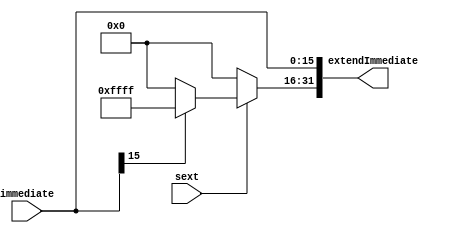
`timescale 1ns / 1ps
//////////////////////////////////////////////////////////////////////////////////
// Company: 
// Engineer: 
// 
// Design Name: 
// Module Name: S_Z_Extend
// Project Name: 
// Target Devices: 
// Tool Versions: 
// Description: 
// 
// Dependencies: 
// 
// Revision:
// Revision 0.01 - File Created
// Additional Comments:
// 
//////////////////////////////////////////////////////////////////////////////////


module S_Z_Extend(
input sext,
input [15:0] immediate,
output [31:0] extendImmediate
    );
assign extendImmediate[15:0]=immediate;
assign extendImmediate[31:16] =sext?(immediate[15]?16'hffff : 16'h0000) : 16'h0000;

endmodule